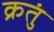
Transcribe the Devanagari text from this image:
क्रतुं